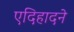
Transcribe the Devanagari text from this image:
एदिहादने